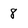
Character: 8